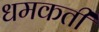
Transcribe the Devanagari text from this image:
धमकती